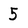
Character: 5